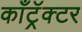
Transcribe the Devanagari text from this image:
काँट्रॅक्टर